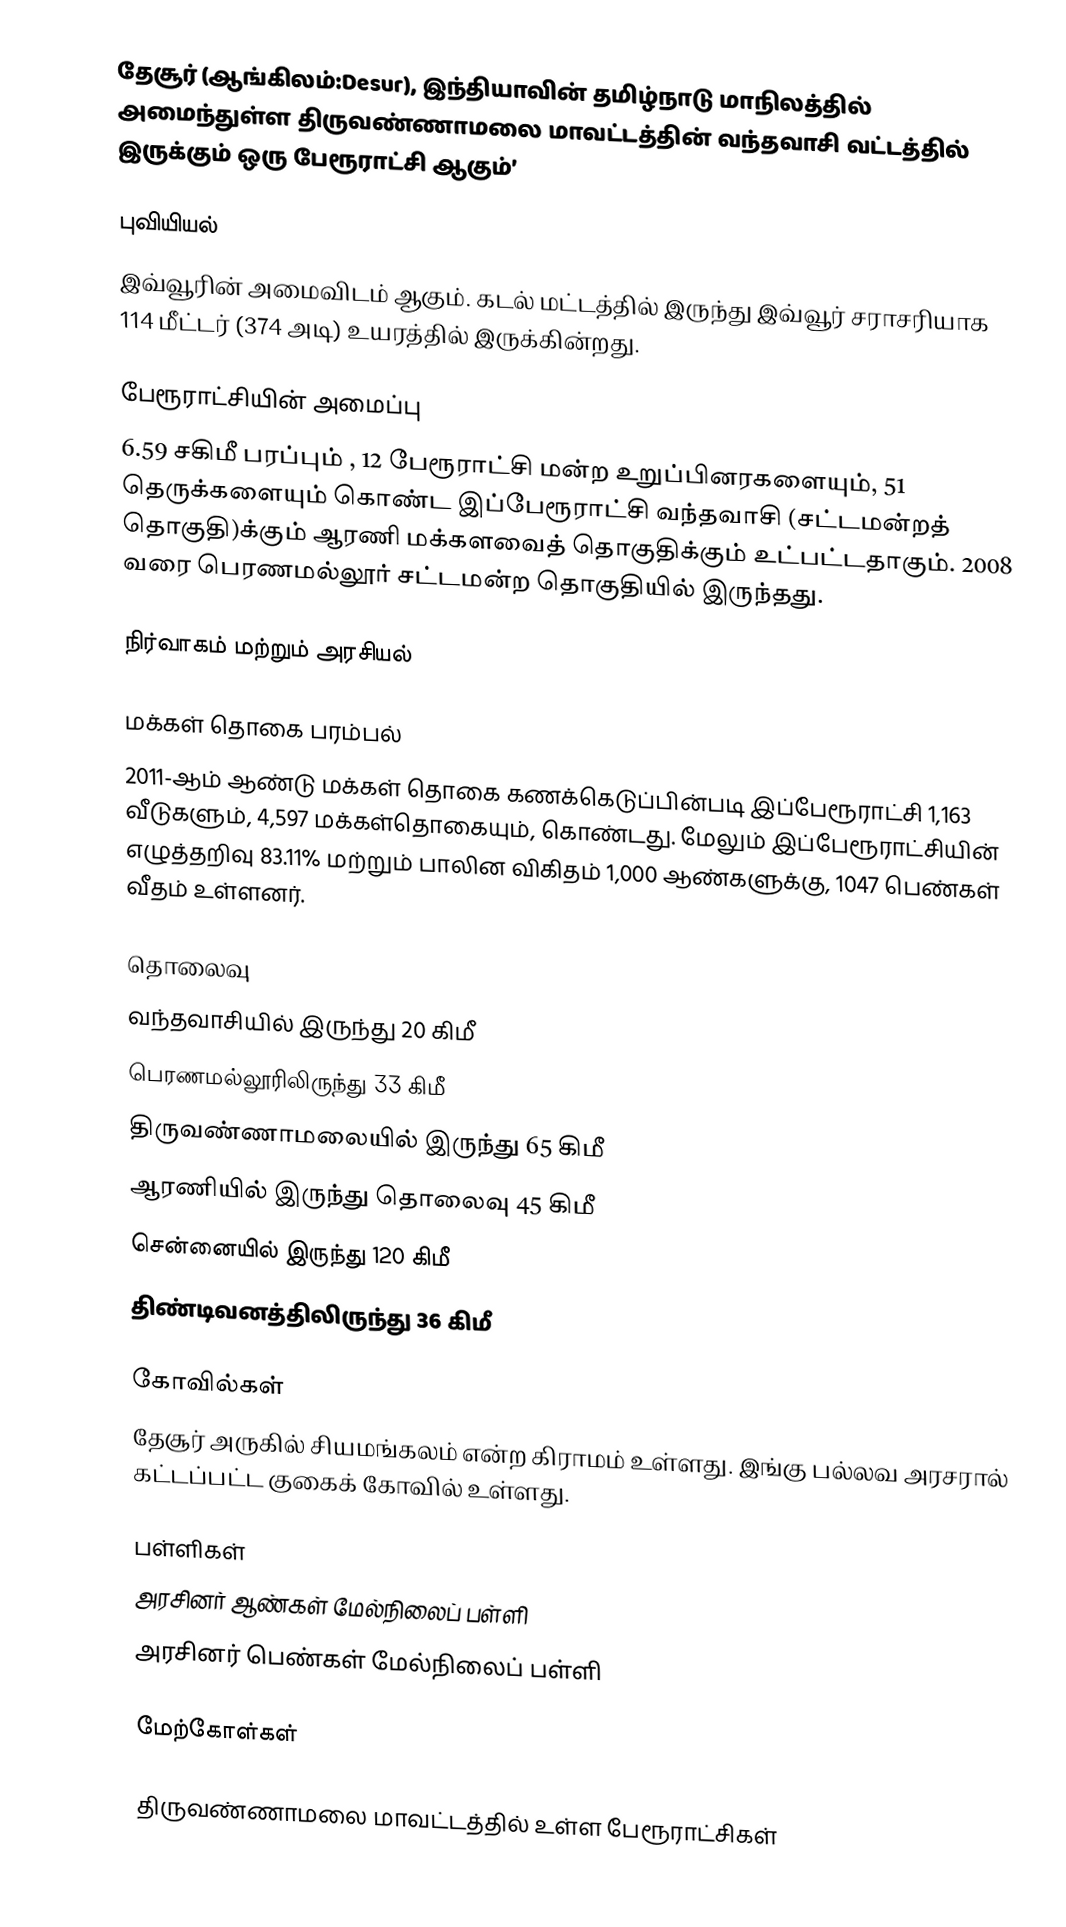
தேசூர் (ஆங்கிலம்:Desur), இந்தியாவின் தமிழ்நாடு மாநிலத்தில் அமைந்துள்ள திருவண்ணாமலை மாவட்டத்தின் வந்தவாசி வட்டத்தில் இருக்கும் ஒரு பேரூராட்சி ஆகும்’

புவியியல்
இவ்வூரின் அமைவிடம்  ஆகும். கடல் மட்டத்தில் இருந்து இவ்வூர் சராசரியாக 114 மீட்டர் (374 அடி) உயரத்தில் இருக்கின்றது.

பேரூராட்சியின் அமைப்பு
6.59 சகிமீ பரப்பும் , 12  பேரூராட்சி மன்ற உறுப்பினரகளையும், 51 தெருக்களையும் கொண்ட  இப்பேரூராட்சி வந்தவாசி (சட்டமன்றத் தொகுதி)க்கும் ஆரணி மக்களவைத் தொகுதிக்கும் உட்பட்டதாகும்.  2008 வரை பெரணமல்லூர் சட்டமன்ற தொகுதியில் இருந்தது.

நிர்வாகம் மற்றும் அரசியல்

மக்கள் தொகை பரம்பல்
2011-ஆம் ஆண்டு மக்கள் தொகை கணக்கெடுப்பின்படி   இப்பேரூராட்சி 1,163   வீடுகளும், 4,597 மக்கள்தொகையும், கொண்டது. மேலும் இப்பேரூராட்சியின் எழுத்தறிவு 83.11%   மற்றும்  பாலின விகிதம் 1,000 ஆண்களுக்கு, 1047   பெண்கள் வீதம் உள்ளனர்.

தொலைவு
 வந்தவாசியில் இருந்து  20 கிமீ
 பெரணமல்லூரிலிருந்து 33 கிமீ
திருவண்ணாமலையில் இருந்து  65 கிமீ
 ஆரணியில் இருந்து தொலைவு 45 கிமீ
 சென்னையில் இருந்து  120 கிமீ
 திண்டிவனத்திலிருந்து 36 கிமீ

கோவில்கள்
தேசூர் அருகில் சியமங்கலம் என்ற கிராமம் உள்ளது. இங்கு பல்லவ அரசரால் கட்டப்பட்ட குகைக் கோவில் உள்ளது.

பள்ளிகள்
 அரசினர் ஆண்கள் மேல்நிலைப் பள்ளி
 அரசினர் பெண்கள் மேல்நிலைப் பள்ளி

மேற்கோள்கள்

திருவண்ணாமலை மாவட்டத்தில் உள்ள பேரூராட்சிகள்